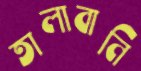
তালাবানি